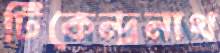
টিকেন্দ্রনাথ